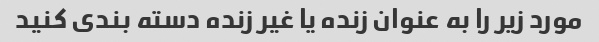
مورد زیر را به عنوان زنده یا غیر زنده دسته بندی کنید